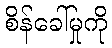
စိန်ခေါ်မှုကို